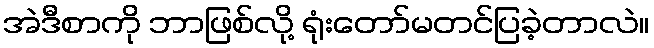
အဲဒီစာကို ဘာဖြစ်လို့ ရုံးတော်မတင်ပြခဲ့တာလဲ။